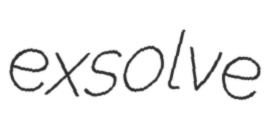
exsolve